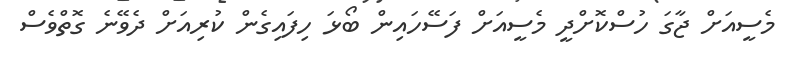
މެސީއަށް ޖާގަ ހުސްކޮށްދީ މެސީއަށް ފަސޭހައިން ބޯޅަ ހިފައިގެން ކުރިއަށް ދެވޭނެ ގޮތްވެސް